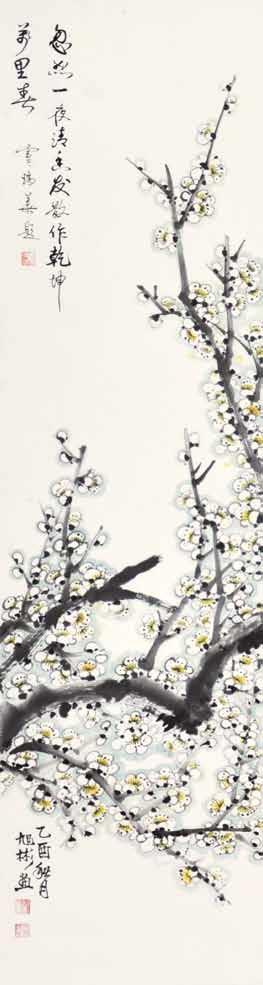
忽然一夜清香发，散作乾坤万里春。